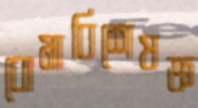
বোমাবিশেষজ্ঞ